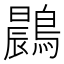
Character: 鷐